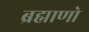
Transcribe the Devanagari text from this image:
ब्रह्माणो